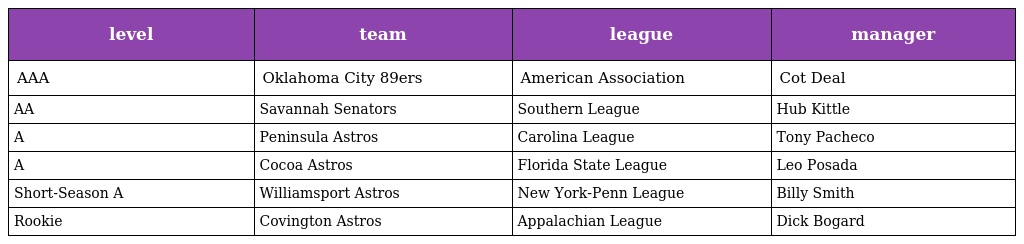
| level | team | league | manager |
 | --- | --- | --- | --- |
 | AAA | Oklahoma City 89ers | American Association | Cot Deal |
 | AA | Savannah Senators | Southern League | Hub Kittle |
 | A | Peninsula Astros | Carolina League | Tony Pacheco |
 | A | Cocoa Astros | Florida State League | Leo Posada |
 | Short-Season A | Williamsport Astros | New York-Penn League | Billy Smith |
 | Rookie | Covington Astros | Appalachian League | Dick Bogard |